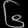
Digit: ၆